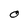
Character: O